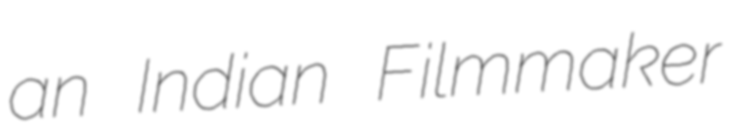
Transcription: an Indian Filmmaker